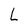
Character: L